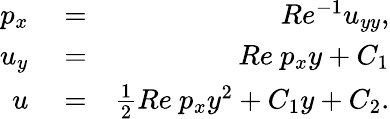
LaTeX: \begin{array}{rlr}{p_{x}}&{{}=}&{Re^{-1}u_{yy},}\\ {u_{y}}&{{}=}&{Re\ p_{x}y+C_{1}}\\ {u}&{{}=}&{\frac{1}{2}Re\ p_{x}y^{2}+C_{1}y+C_{2}.}\end{array}